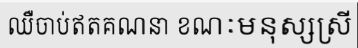
ឈឺចាប់ឥតគណនា ខណៈមនុស្សស្រី